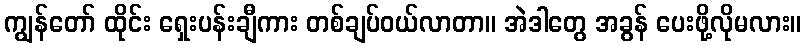
ကျွန်တော် ထိုင်း ရှေးပန်းချီကား တစ်ချပ်ဝယ်လာတာ။ အဲဒါတွေ အခွန် ပေးဖို့လိုမလား။